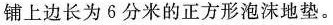
铺上边长为6分米的正方形泡沫地垫。